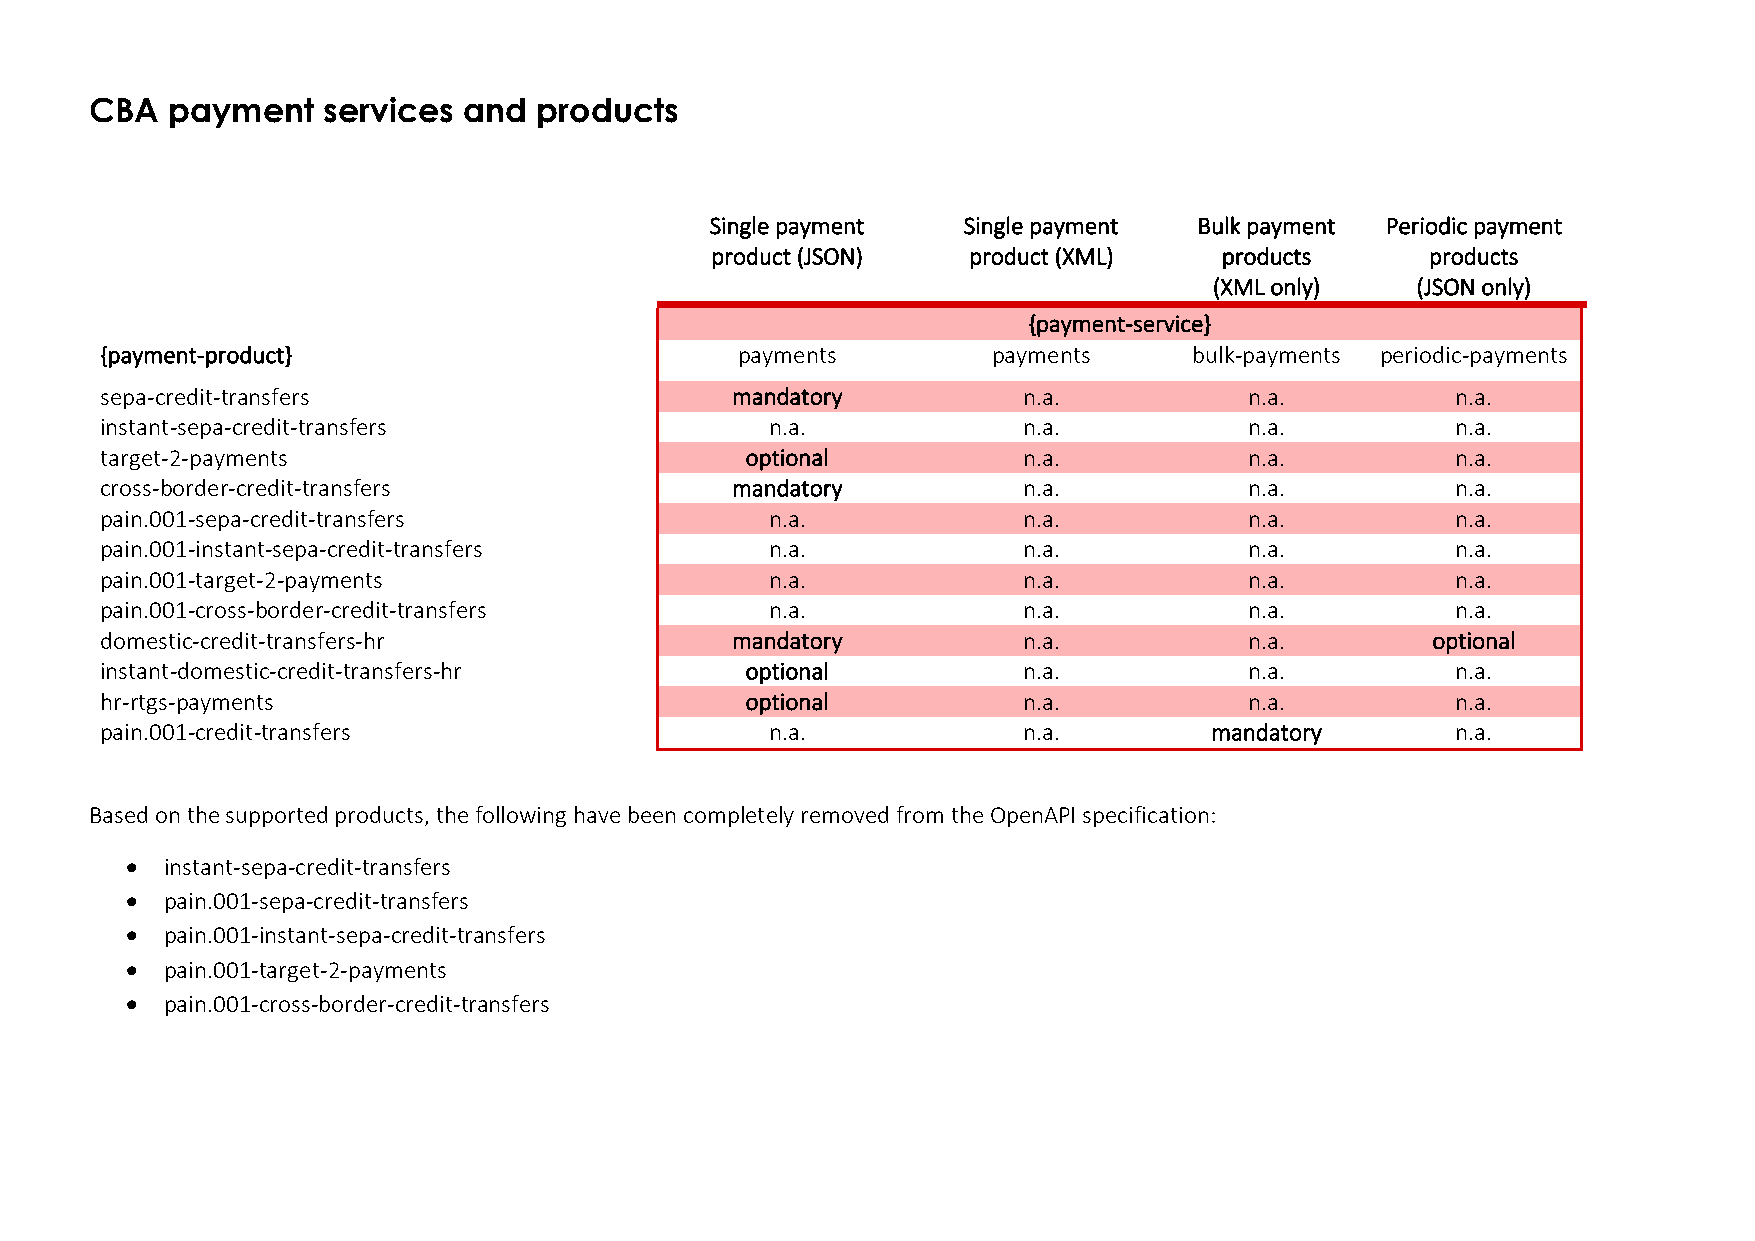
CBA  payment   services  and  products
 Single payment   Single payment Bulk payment Periodic payment
 product (JSON)   product (XML)    products      products
 (XML only)    (JSON only)
 {payment-service}
 {payment-product}                         payments         payments     bulk-payments periodic-payments
 sepa-credit-transfers                    mandatory           n.a.           n.a.         n.a.
 instant-sepa-credit-transfers               n.a.             n.a.           n.a.         n.a.
 target-2-payments                         optional           n.a.           n.a.         n.a.
 cross-border-credit-transfers            mandatory           n.a.           n.a.         n.a.
 pain.001-sepa-credit-transfers              n.a.             n.a.           n.a.         n.a.
 pain.001-instant-sepa-credit-transfers      n.a.             n.a.           n.a.         n.a.
 pain.001-target-2-payments                  n.a.             n.a.           n.a.         n.a.
 pain.001-cross-border-credit-transfers      n.a.             n.a.           n.a.         n.a.
 domestic-credit-transfers-hr             mandatory           n.a.           n.a.        optional
 instant-domestic-credit-transfers-hr      optional           n.a.           n.a.         n.a.
 hr-rtgs-payments                          optional           n.a.           n.a.         n.a.
 pain.001-credit-transfers                   n.a.             n.a.        mandatory       n.a.
 Based on the supported products, the following have been completely removed from the OpenAPI specification:
 •  instant-sepa-credit-transfers
 •  pain.001-sepa-credit-transfers
 •  pain.001-instant-sepa-credit-transfers
 •  pain.001-target-2-payments
 •  pain.001-cross-border-credit-transfers